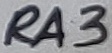
Text: RA3